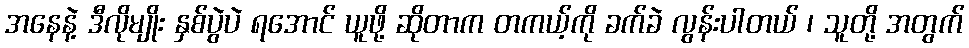
အနေနဲ့ ဒီလိုမျိုး နှစ်ပွဲပဲ ရအောင် ယူဖို့ ဆိုတာက တကယ့်ကို ခက်ခဲ လွန်းပါတယ် ၊ သူတို့ အတွက်